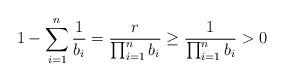
LaTeX: \begin{align*}1 - \sum_{i=1}^n \frac{1}{b_i}= \frac{r}{\prod_{i=1}^nb_i}\geq \frac{1}{\prod_{i=1}^nb_i} > 0\end{align*}